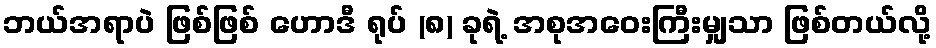
ဘယ်အရာပဲ ဖြစ်ဖြစ် ဟောဒီ ရုပ် (၈) ခုရဲ့ အစုအဝေးကြီးမျှသာ ဖြစ်တယ်လို့